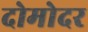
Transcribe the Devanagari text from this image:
दोमोदर